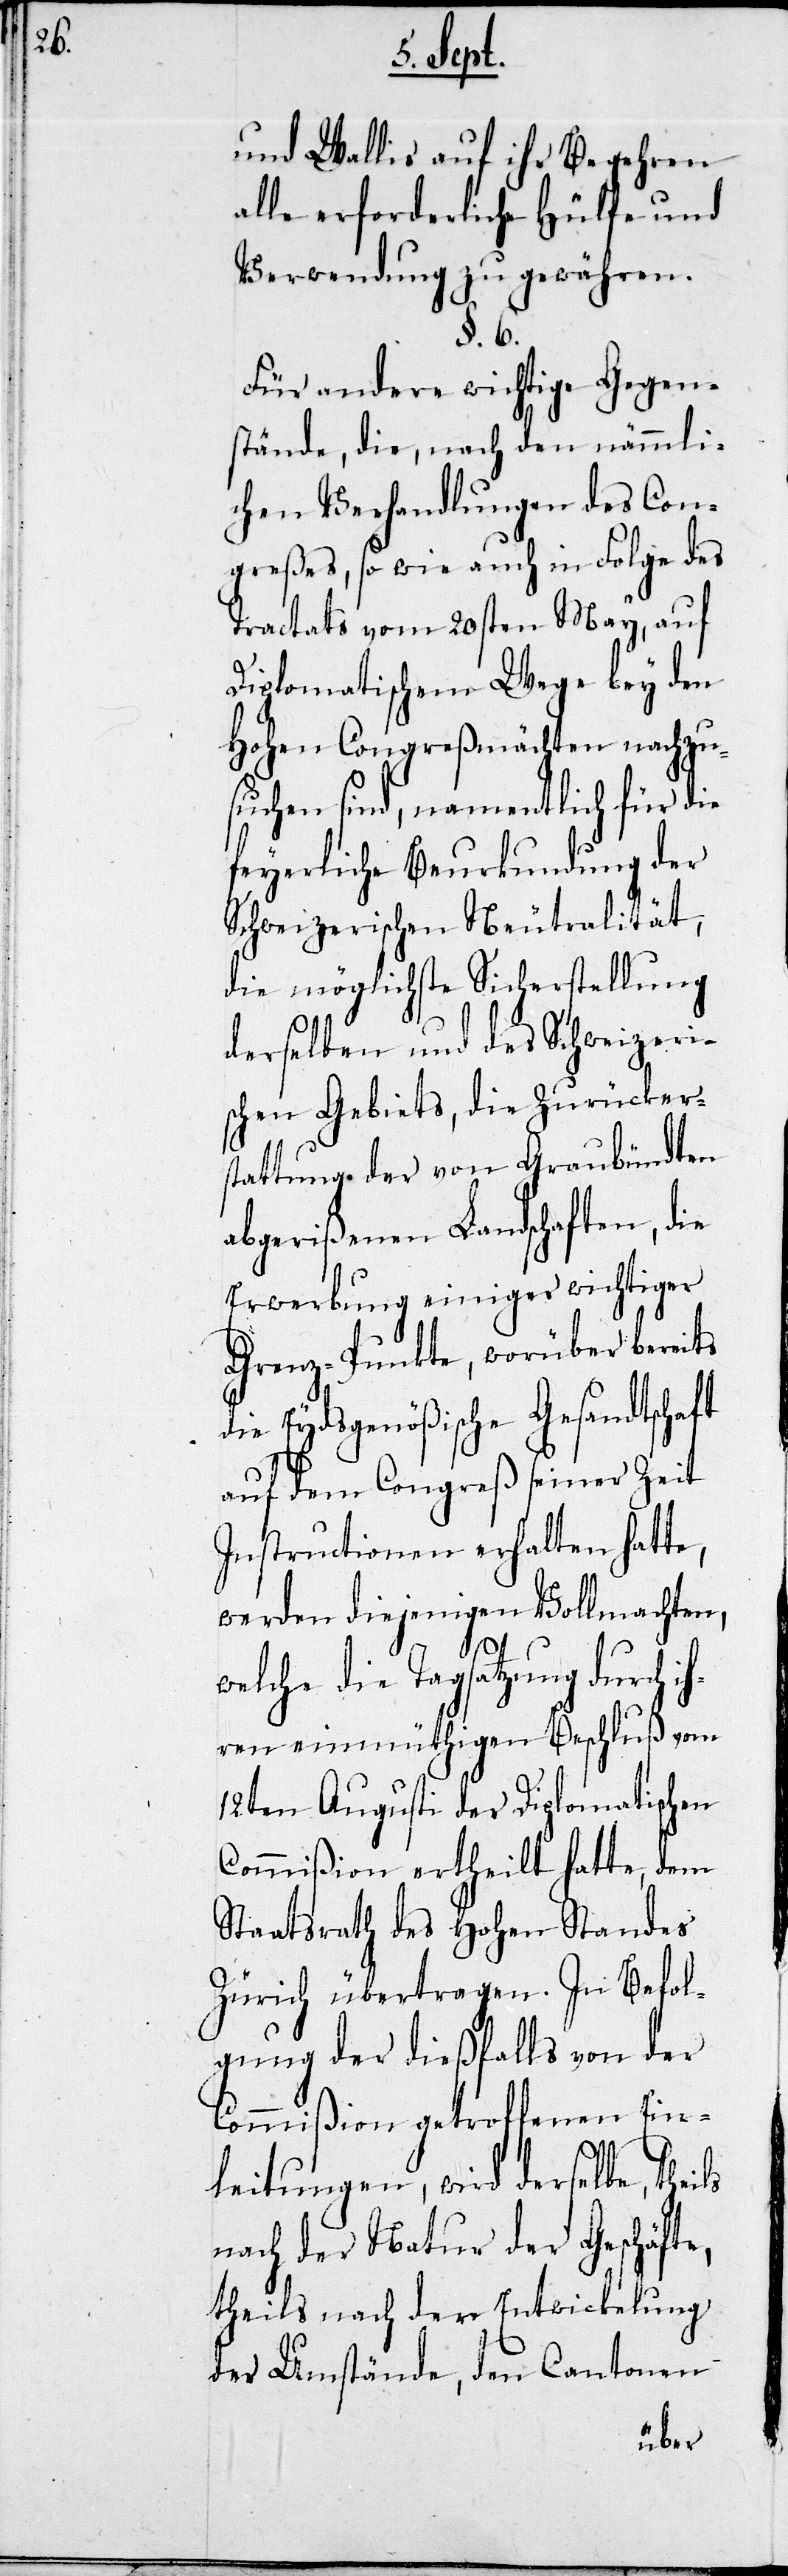
und Wallis auf ihr Begehren
alle erforderliche Hülfe und
Verwendung zu gewähren.
§. 6.
Für andere wichtige Gegen¬
stände, die, nach den nämmli¬
chen Verhandlungen des Con¬
greßes, so wie auch in Folge des
Tractats vom 20sten May, auf
Diplomatischem Wege bey den
Hohen Congreßmächten nachzu¬
suchen sind, namentlich für die
feyerliche Beurkundung der
Schweizerischen Neutralität,
die möglichste Sicherstellung
derselben und des Schweizeri¬
schen Gebiets, die Zurückers¬
tattung der von Graubündten
abgerißenen Landschaften, die
Erwerbung einiger wichtiger
Grenz-Punkte, worüber bereits
die Eydsgenößische Gesandtschaft
auf dem Congreß seiner Zeit
Instructionen erhalten hatte,
werden diejenigen Vollmachten,
welche die Tagsatzung durch i¬
hren einmüthigen Beschluß vom
12ten August der Diplomatischen
Commißion ertheilt hatte, dem
Staatsrath des Hohen Standes
Zürich übertragen. In Befol¬
gung der dießfalls von der
Commißion getroffenen Ein¬
leitungen, wird derselbe, theils
nach der Natur der Geschäfte,
theils nach der Entwicklung
der Umstände, den Cantonen